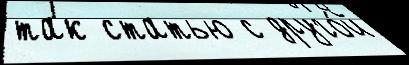
так статью с друго́й